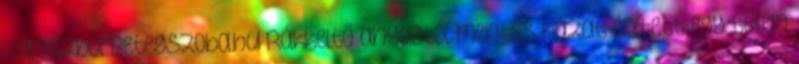
válaszból Betegszoba.hu Rákkeltő anyagtól mentes házat épített egy túlélő